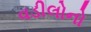
વડીલોનો